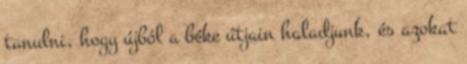
tanulni, hogy újból a béke útjain haladjunk, és azokat